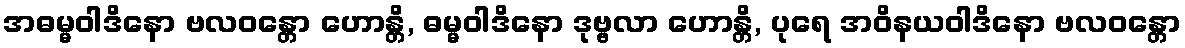
အဓမ္မဝါဒိနော ဗလဝန္တော ဟောန္တိ, ဓမ္မဝါဒိနော ဒုဗ္ဗလာ ဟောန္တိ, ပုရေ အဝိနယဝါဒိနော ဗလဝန္တော